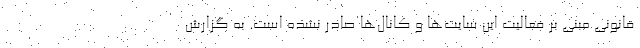
قانونی مبنی بر فعالیت این سایت‌ها و کانال‌ها صادر نشده است. به گزارش